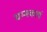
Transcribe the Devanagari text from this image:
धम्मकार्य